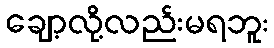
ချော့လို့လည်းမရဘူး